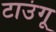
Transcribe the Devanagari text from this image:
टाउंगू